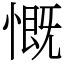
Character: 慨